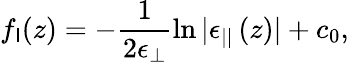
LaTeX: f_{\mathsf{I}}(z)=-\frac{{1}}{{2\epsilon_{\perp}}}\ln|\epsilon_{||}\left(z\right)|+c_{0},